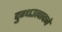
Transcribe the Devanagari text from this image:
दुग्धउत्पादने